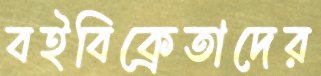
বইবিক্রেতাদের